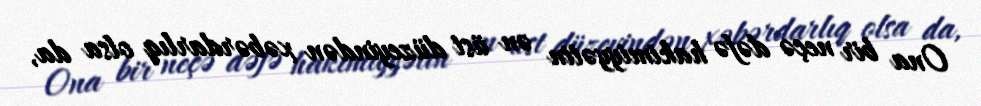
Ona bir neçə dəfə hakimiyyətin ən üst düzeyindən xəbərdarlıq olsa da,